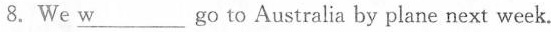
8.We \underline{w}___ go to Australia by plane next week.